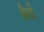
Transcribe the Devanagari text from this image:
वैर्य